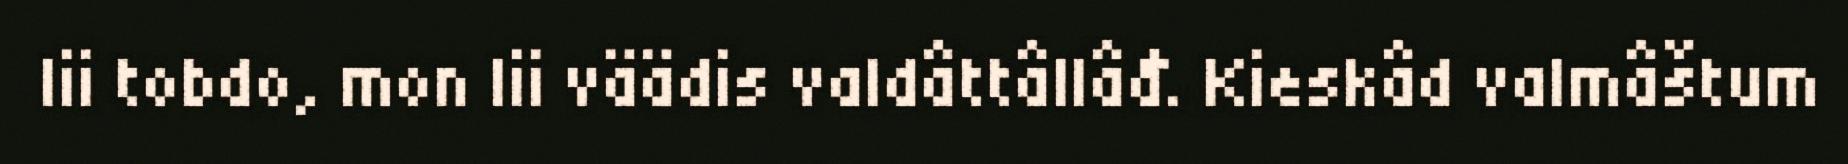
lii tobdo, mon lii väädis valdâttâllâđ. Kieskâd valmâštum